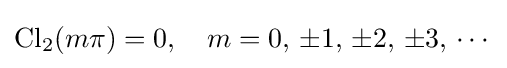
\operatorname {Cl} _{2}(m\pi )=0,\quad m=0,\,\pm 1,\,\pm 2,\,\pm 3,\,\cdots